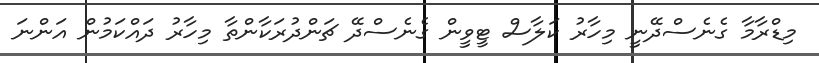
މިޑްރާމާ ގެނެސްދޭނީ މިހާރު ކަލާސް ޓީވީން ގެނެސްދޭ ޗަންދުރަކާންތާ މިހާރު ދައްކަމުން އަންނަ